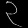
Digit: ၃